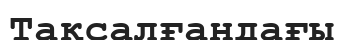
Тақсалғандағы